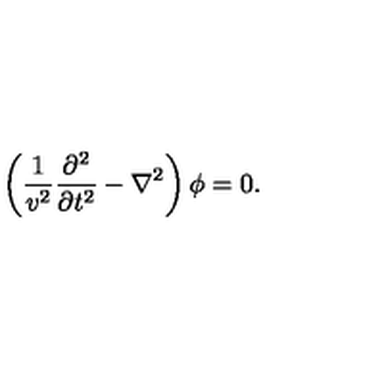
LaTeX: \left( \frac { 1 } { v ^ { 2 } } \frac { \partial ^ { 2 } } { \partial t ^ { 2 } } - \nabla ^ { 2 } \right) \phi = 0 .